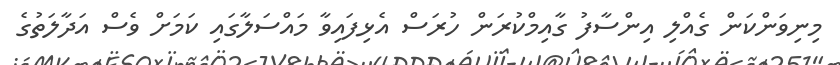
މިނިވަންކަން ގެއްލި އިންސާފު ގާއިމްކުރަން ހުރަސް އެޅިފައިވާ މައްސަލާގައި ކަމަށް ވެސް އަދާލަތުގެ